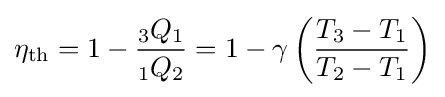
\eta _{\rm {th}}=1-{\frac {{}_{3}Q_{1}}{{}_{1}Q_{2}}}=1-\gamma \left({\frac {T_{3}-T_{1}}{T_{2}-T_{1}}}\right)